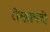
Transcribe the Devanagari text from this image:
रोखायचे